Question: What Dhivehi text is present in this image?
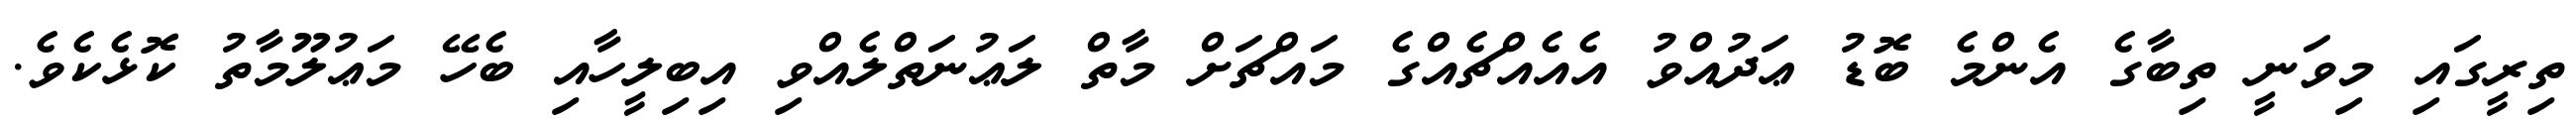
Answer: ތިރީގައި މިވަނީ ތިބާގެ އެންމެ ބޮޑު ޢަދުއްވު އެއެއްޗެއްގެ މައްޗަށް މާތް ލަޢުނަތްލެއްވި އިބިލީހާއި ބެހޭ މަޢުލޫމާތު ކޮޅެކެވެ.